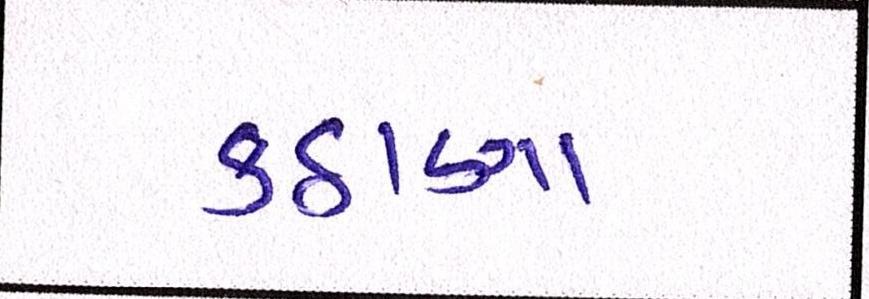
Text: કડાણા